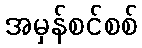
အမှန်စင်စစ်